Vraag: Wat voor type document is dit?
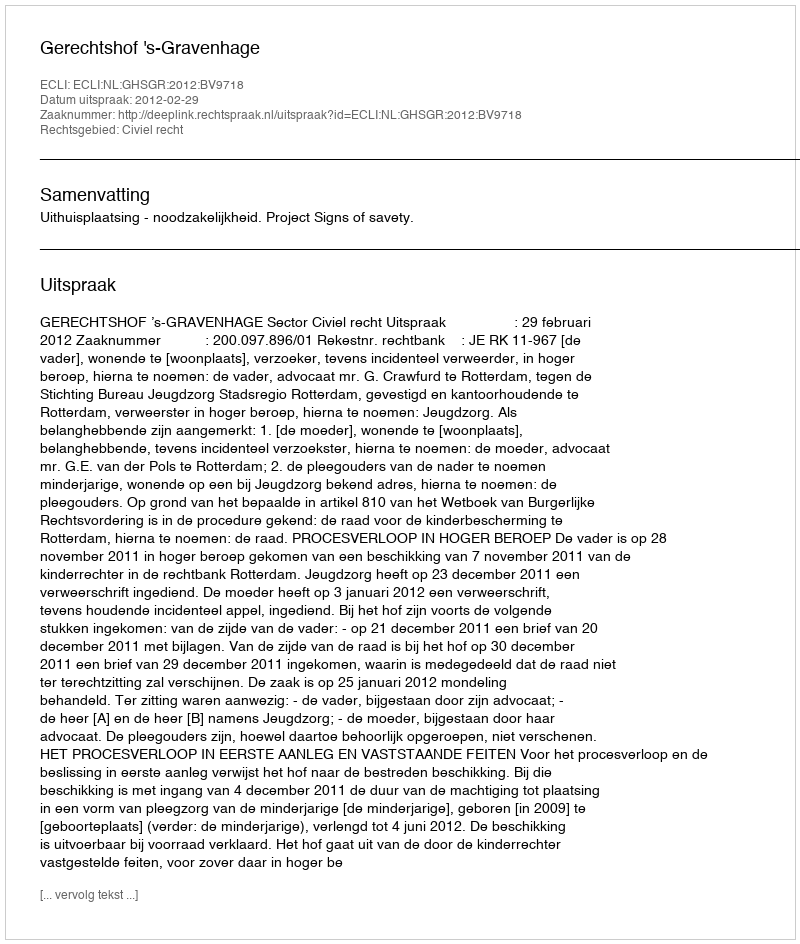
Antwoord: Uitspraak